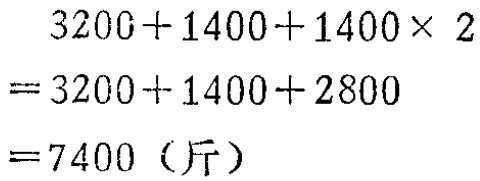
\[
\begin{align*}
&3200 + 1400 + 1400\times2\\
=&3200 + 1400 + 2800\\
=&7400 \text{（斤）}
\end{align*}
\]